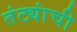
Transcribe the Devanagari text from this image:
तंट्यांची